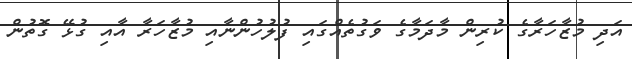
އަދި މުޒާހަރާގެ ކުރިން މާދަމާގެ ވަގުތެއްގައި ފުލުހުންނާއި މުޒާހަރާ އާއި ގުޅޭ ގޮތުން